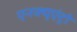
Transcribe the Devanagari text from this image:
एनक्यूएंट्रो